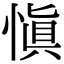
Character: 慎